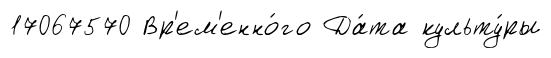
17067570 Вр'ем'енно́го Да́та культу́ры